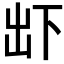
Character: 𠀴